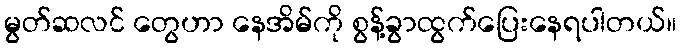
မွတ်ဆလင် တွေဟာ နေအိမ်ကို စွန့်ခွာထွက်ပြေးနေရပါတယ်။